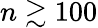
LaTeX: n\gtrsim 100